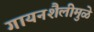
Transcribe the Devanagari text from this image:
गायनशैलीमुळे